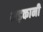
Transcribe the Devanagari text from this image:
भड़कानी